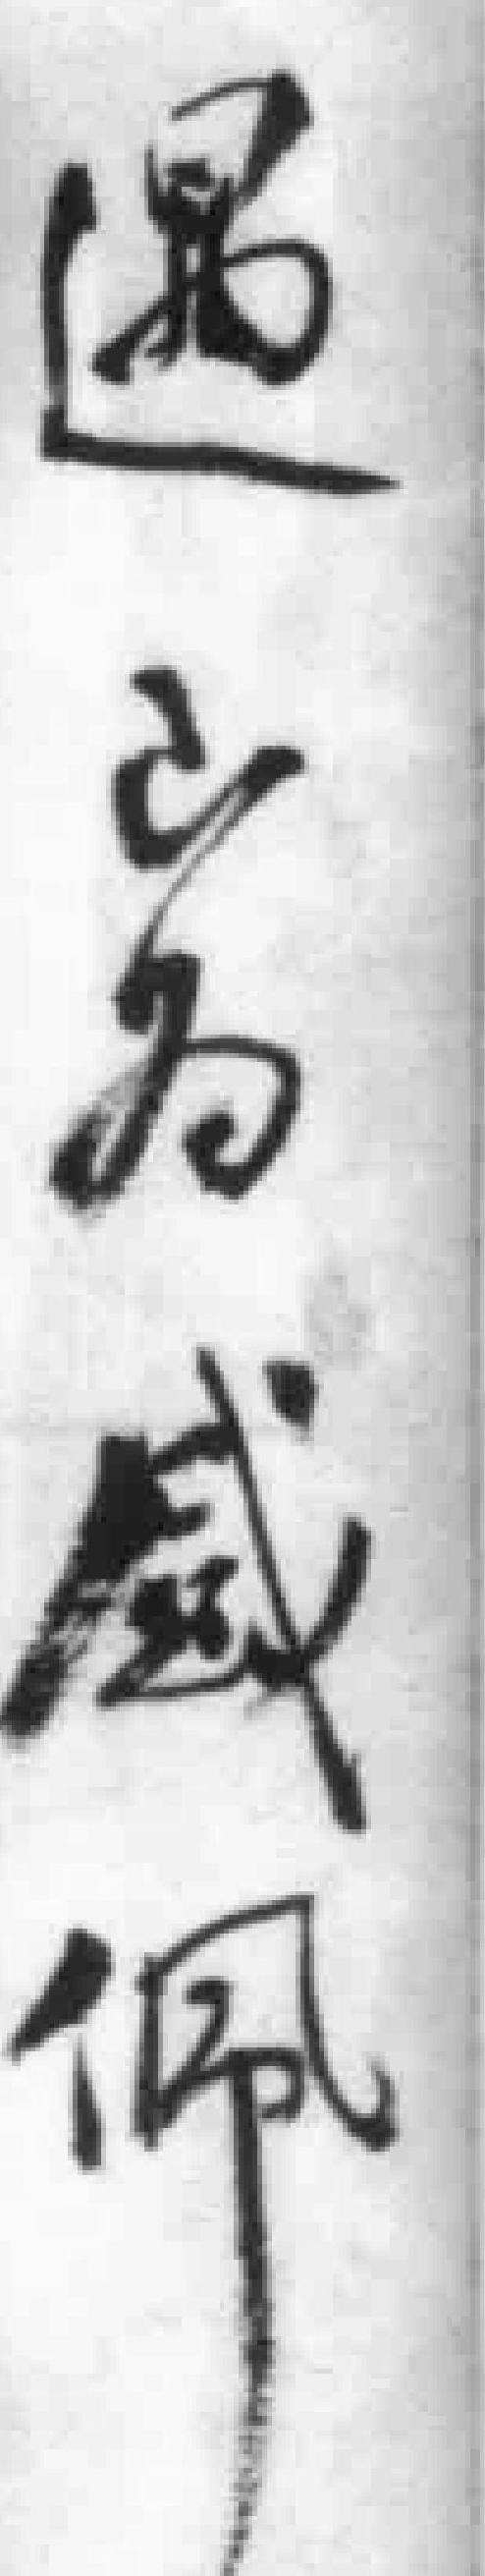
遇已为感佩